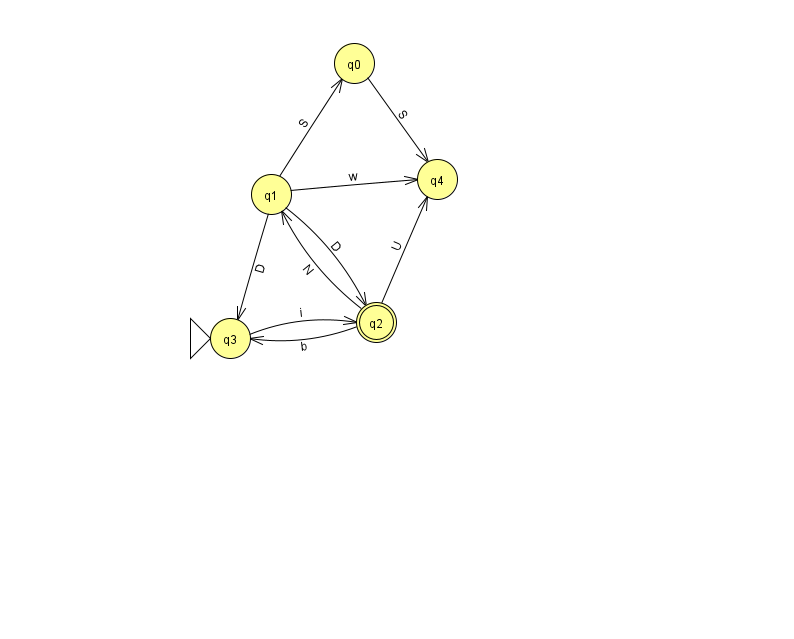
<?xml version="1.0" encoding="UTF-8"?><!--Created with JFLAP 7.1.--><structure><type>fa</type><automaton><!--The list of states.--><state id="0" name="q0"><x>354.0</x><y>50.0</y></state><state id="1" name="q1"><x>271.0</x><y>181.0</y></state><state id="2" name="q2"><x>376.0</x><y>309.0</y><final/></state><state id="3" name="q3"><x>230.0</x><y>325.0</y><initial/></state><state id="4" name="q4"><x>437.0</x><y>166.0</y></state><!--The list of transitions.--><transition><from>2</from><to>3</to><read>b</read></transition><transition><from>1</from><to>0</to><read>S</read></transition><transition><from>2</from><to>4</to><read>U</read></transition><transition><from>2</from><to>1</to><read>N</read></transition><transition><from>1</from><to>4</to><read>w</read></transition><transition><from>3</from><to>2</to><read>i</read></transition><transition><from>0</from><to>4</to><read>S</read></transition><transition><from>1</from><to>2</to><read>D</read></transition><transition><from>1</from><to>3</to><read>D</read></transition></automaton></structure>